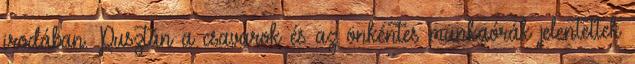
irodában. Pusztán a csavarok és az önkéntes munkaórák jelentettek